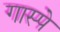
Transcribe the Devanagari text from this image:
गास्पे